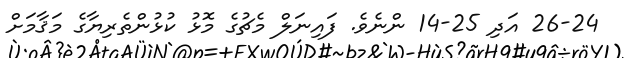
26-24 އަދި 25-14 ންނެވެ. ފައިނަލް މެޗުގެ މޮޅު ކުޅުންތެރިޔާގެ މަޤާމަށް